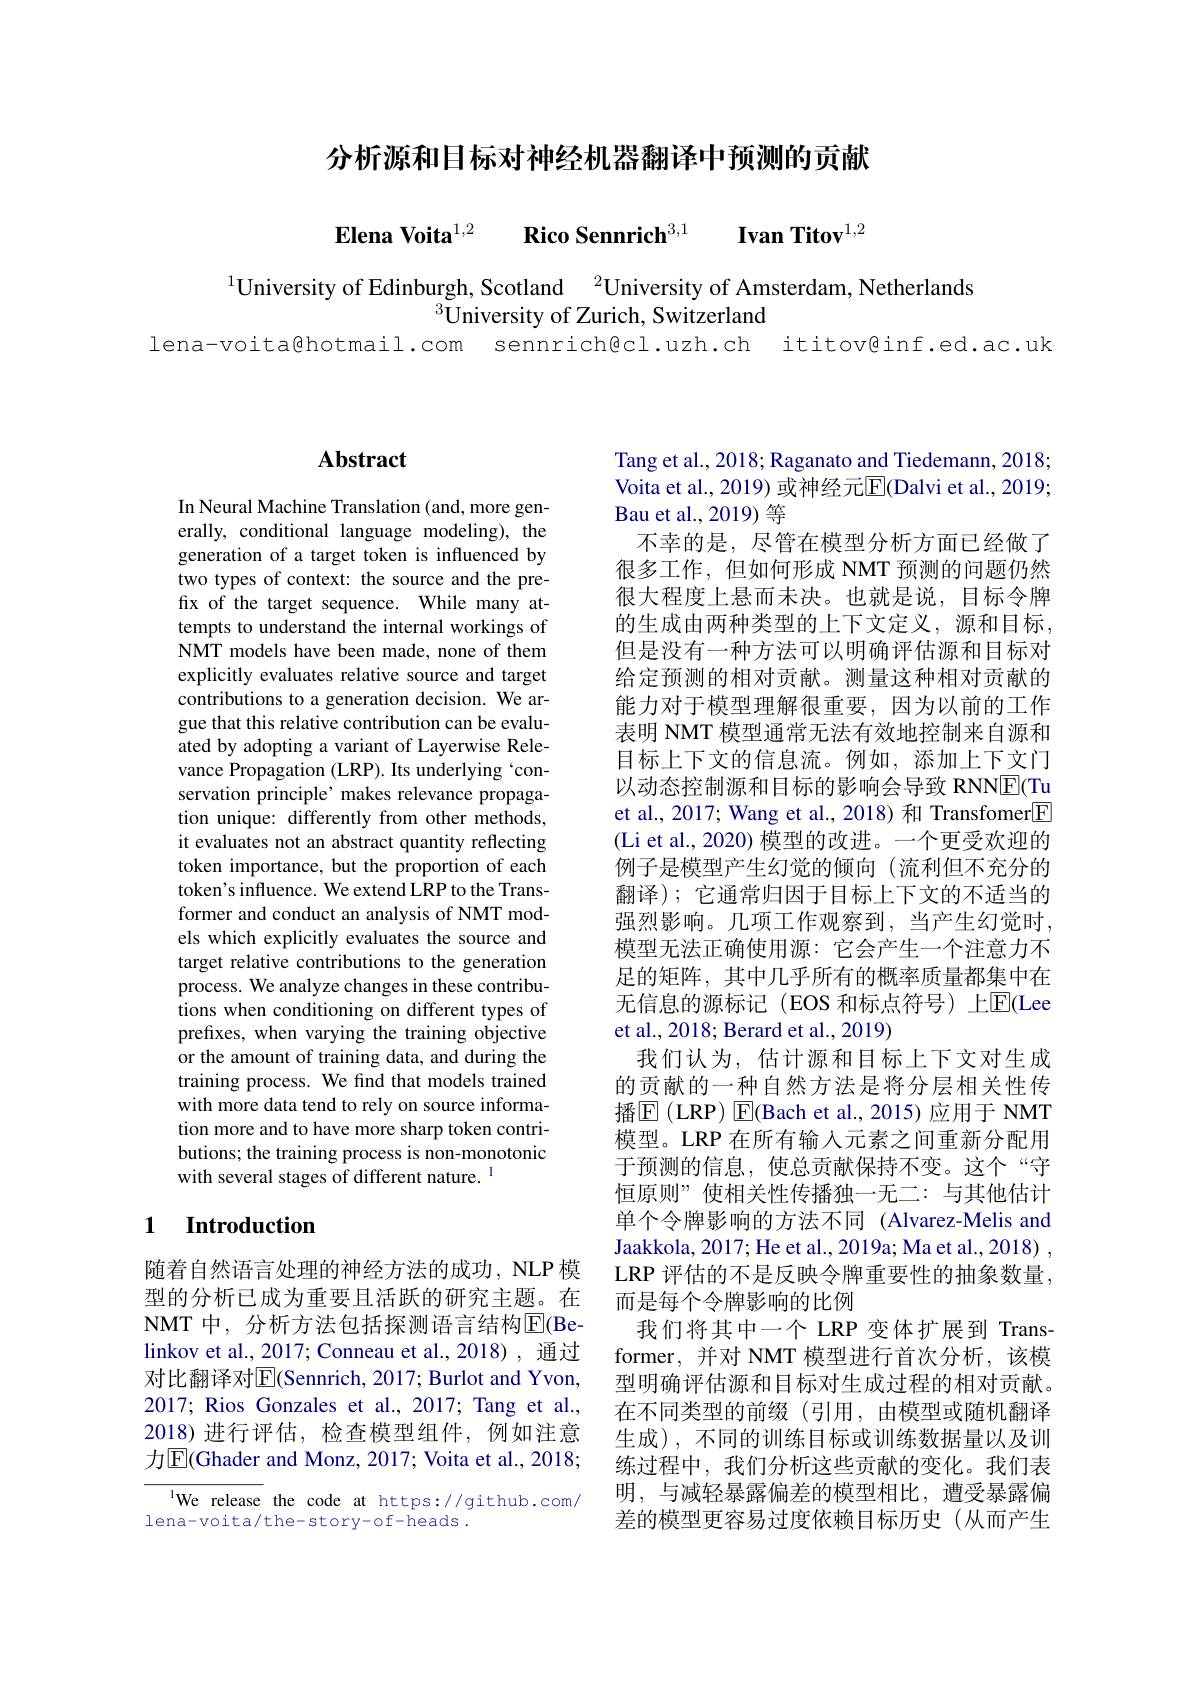
分析源和目标对神经机器翻译中预测的贡献

$\textbf{Elena Voita}^{1, 2}$ $\textbf{Rico Sennrich}^{3, 1}$ $\textbf{Ivan Titov}^{1, 2}$

$^{1}$University of Edinburgh, Scotland $^2$University of Amsterdam, Netherlands
$^{3}$University of Zurich, Switzerland
lena-voita@hotmail.com sennrich@cl.uzh.ch ititov@inf.ed.ac.uk

# Abstract

In Neural Machine Translation (and, more generally, conditional language modeling), the generation of a target token is influenced by two types of context: the source and the prefx of the target sequence. While many attempts to understand the internal workings of NMT models have been made, none of them explicitly evaluates relative source and target contributions to a generation decision. We argue that this relative contribution can be evaluated by adopting a variant of Layerwise Relevance Propagation (LRP). Its underlying `conservation principle' makes relevance propagation unique: differently from other methods, it evaluates not an abstract quantity reflecting token importance, but the proportion of each token's influence. We extend LRP to the Transformer and conduct an analysis of NMT models which explicitly evaluates the source and target relative contributions to the generation process. We analyze changes in these contributions when conditioning on different types of prefixes, when varying the training objective or the amount of training data, and during the training process. We find that models trained with more data tend to rely on source information more and to have more sharp token contributions; the training process is non-monotonic with several stages of different nature. $^{\mathrm{l}}$

## 1 Introduction

随着自然语言处理的神经方法的成功，NLP 模型的分析已成为重要且活跃的研究主题。在NMT 中，分析方法包括探测语言结构$\overline{\mathrm{E}}($Belinkov et al., 2017; Conneau et al., 2018) , 通过对比翻译对$\overline{\mathrm{E}}($Sennrich, 2017; Burlot and Yvon, 2017; Rios Gonzales et al., 2017; Tang et al., 2018)进行评估，检查模型组件，例如注意力$\boxed{\mathrm{E}}($Ghader and Monz, 2017; Voita et al., 2018;

We release the code at https://github.com/
lena-voita/the-story-of-heads.

Tang et al., 2018; Raganato and Tiedemann, 2018; Voita et al., 2019) 或神经元$\overline{\mathrm{E}}($Dalvi et al., 2019; Bau et al., 2019) 等
不幸的是，尽管在模型分析方面已经做了很多工作，但如何形成 NMT 预测的问题仍然很大程度上悬而未决。也就是说，目标令牌的生成由两种类型的上下文定义，源和目标， 但是没有一种方法可以明确评估源和目标对给定预测的相对贡献。测量这种相对贡献的能力对于模型理解很重要，因为以前的工作表明 NMT 模型通常无法有效地控制来自源和目标上下文的信息流。例如，添加上下文门以动态控制源和目标的影响会导致 RNNE(Tu et al., 2017; Wang et al., 2018) 和 Transfomer[E] (Li et al., 2020) 模型的改进。一个更受欢迎的例子是模型产生幻觉的倾向(流利但不充分的翻译);它通常归因于目标上下文的不适当的强烈影响。几项工作观察到，当产生幻觉时， 模型无法正确使用源：它会产生一个注意力不足的矩阵，其中几乎所有的概率质量都集中在无信息的源标记(EOS 和标点符号)上$\overline{\mathrm{E}}($Lee et al., 2018; Berard et al., 2019)
我们认为，估计源和目标上下文对生成的贡献的一种自然方法是将分层相关性传播$\boxed{\mathrm{E}}$ (LRP) $\boxed{\mathrm{E}}$(Bach et al., 2015) 应用于 NMT 模型。LRP 在所有输入元素之间重新分配用于预测的信息，使总贡献保持不变。这个“守恒原则”使相关性传播独一无二：与其他估计单个令牌影响的方法不同(Alvarez-Melis and Jaakkola, 2017; He et al., 2019a; Ma et al., 2018) . LRP 评估的不是反映令牌重要性的抽象数量， 而是每个令牌影响的比例
我们将其中一个 LRP 变体扩展到 Transformer,并对 NMT 模型进行首次分析，该模型明确评估源和目标对生成过程的相对贡献。在不同类型的前缀(引用，由模型或随机翻译生成),不同的训练目标或训练数据量以及训练过程中，我们分析这些贡献的变化。我们表明，与减轻暴露偏差的模型相比，遭受暴露偏差的模型更容易过度依赖目标历史(从而产生